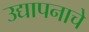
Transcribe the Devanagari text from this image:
उद्यापनाचे